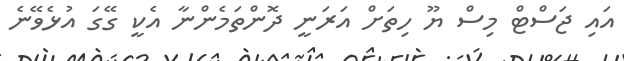
އައި ޖަސްޓް މިސް ޔޫ ހިތަށް އަރަނީ ދޮންތަމެންނާ އެކީ ގޭގަ އުޅެވޭނެ